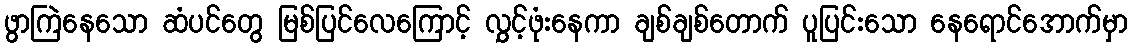
ဖွာကြဲနေသော ဆံပင်တွေ မြစ်ပြင်လေကြောင့် လွှင့်ဖုံးနေကာ ချစ်ချစ်တောက် ပူပြင်းသော နေရောင်အောက်မှာ